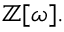
\mathbb { Z } [ \omega ] .